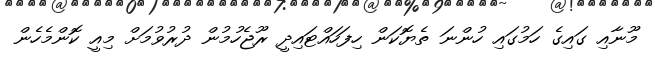
މޫނާއި ގައިގެ ހަމުގައި ހުންނަ ތެޔޮކަން ހިފަހައްޓައިދީ ރޫޖެހުމުން ދުރުވުމަށް މިއީ ކޮންމެހެން